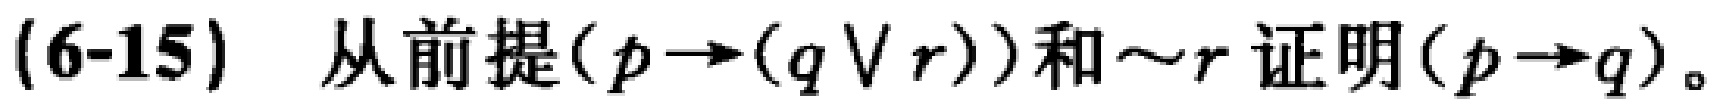
(6-15) 从前提\((p\rightarrow(q\vee r))\)和\(\sim r\)证明\((p\rightarrow q)\)。